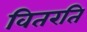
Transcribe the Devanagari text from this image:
वितरति